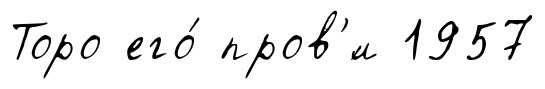
Торо его́ пров'́л 1957